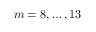
m = 8 , \ldots , 1 3